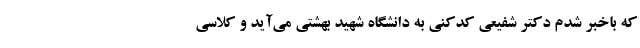
که باخبر شدم دکتر شفیعی کدکنی به دانشگاه شهید بهشتی می‌آید و کلاسی